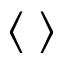
\langle \; \rangle